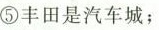
⑤丰田是汽车城；